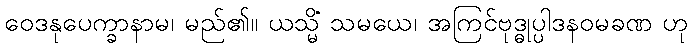
ဝေဒနုပေက္ခာနာမ၊ မည်၏။ ယသ္မိံ သမယေ၊ အကြင်ဗုဒ္ဓုပ္ပါဒနဝမခဏ ဟု